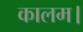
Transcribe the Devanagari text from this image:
कालम।